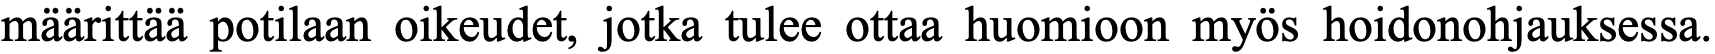
määrittää potilaan oikeudet, jotka tulee ottaa huomioon myös hoidonohjauksessa.